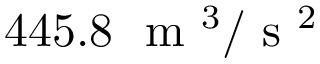
4 4 5 . 8 ~ \mathrm { ~ m ~ } ^ { 3 } / \mathrm { ~ s ~ } ^ { 2 }